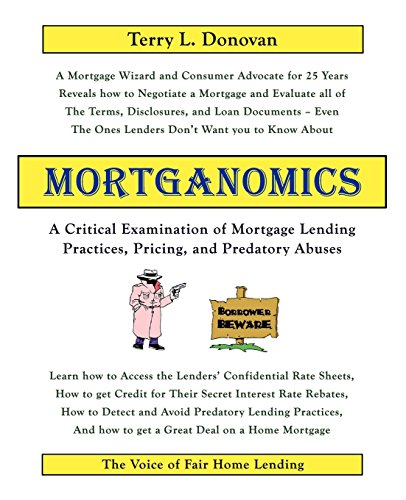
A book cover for Mortganomics - A Critical Examination of Mortgage Lending Practices, Pricing, and Predatory Abuses; Terry L Donovan; Business & Money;